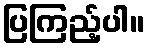
ပြကြည့်ပါ။